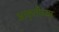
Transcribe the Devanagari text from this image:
आकृतीच्या